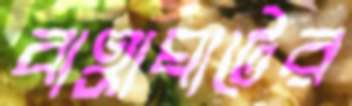
বাহ্রাঘাটের